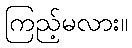
ကြည့်မလား။